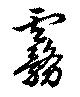
霧